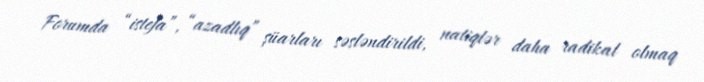
Forumda “istefa”, “azadlıq” şüarları səsləndirildi, natiqlər daha radikal olmaq